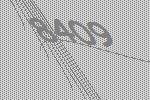
8409